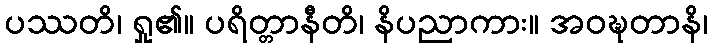
ပဿတိ၊ ရှု၏။ ပရိတ္တာနီတိ၊ နိပညာကား။ အဝဍ္ဎတာနိ၊